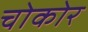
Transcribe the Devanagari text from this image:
चोकोर